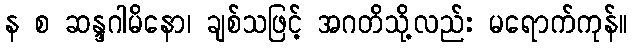
န စ ဆန္ဒဂါမိနော၊ ချစ်သဖြင့် အဂတိသို့လည်း မရောက်ကုန်။